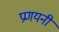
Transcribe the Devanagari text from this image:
प्रणयनी